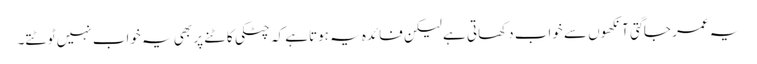
یہ عمر جاگتی آنکھوں سے خواب دکھاتی ہے لیکن فائدہ یہ ہوتاہے کہ چٹکی کاٹنے پر بھی یہ خواب نہیں ٹوٹتے۔